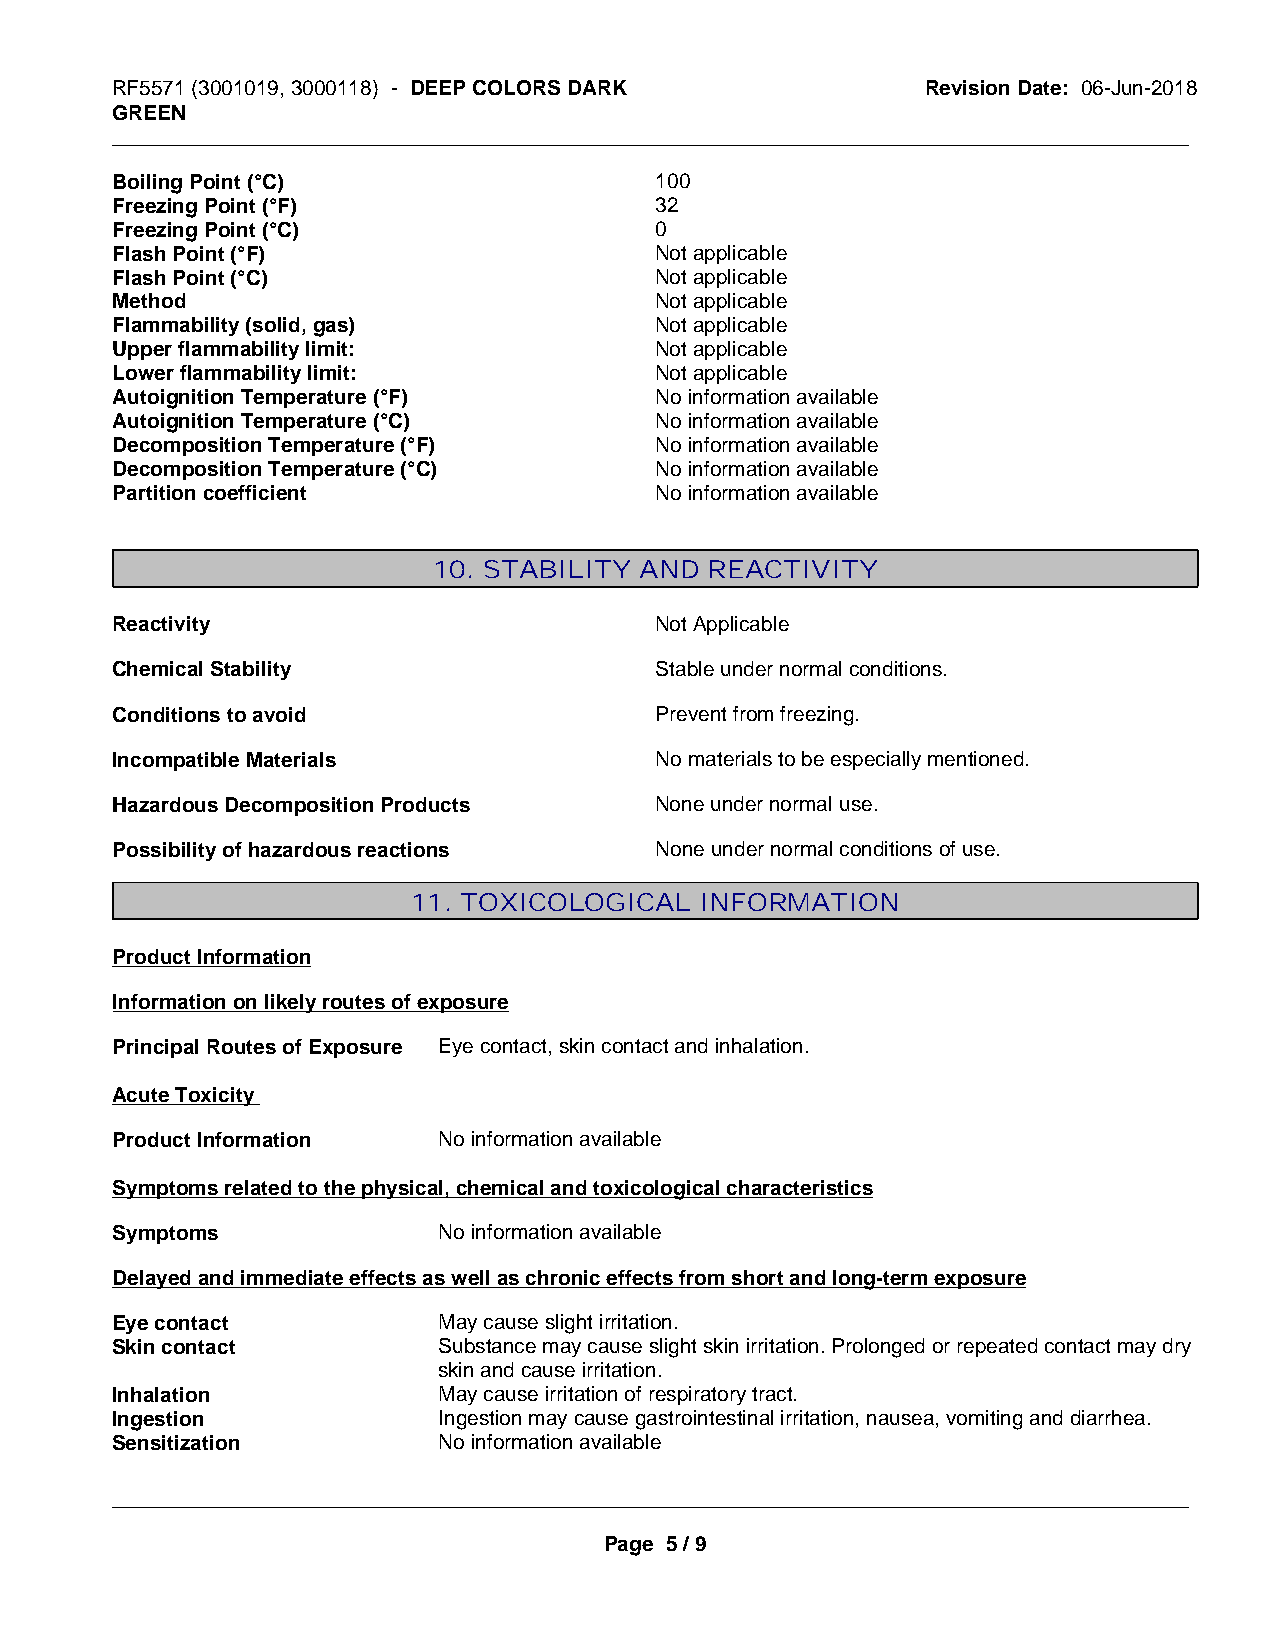
RF5571 (3001019, 3000118) - DEEP COLORS DARK          Revision Date: 06-Jun-2018
 GREEN
 _____________________________________________________________________________________________
 Boiling Point (°C)                  100
 Freezing Point (°F)                 32
 Freezing Point (°C)                 0
 Flash Point (°F)                    Not applicable
 Flash Point (°C)                    Not applicable
 Method                              Not applicable
 Flammability (solid, gas)           Not applicable
 Upper flammability limit:           Not applicable
 Lower flammability limit:           Not applicable
 Autoignition Temperature (°F)       No information available
 Autoignition Temperature (°C)       No information available
 Decomposition Temperature (°F)      No information available
 Decomposition Temperature (°C)      No information available
 Partition coefficient               No information available
 10. STABILITY AND REACTIVITY
 Reactivity                          Not Applicable
 Chemical Stability                  Stable under normal conditions.
 Conditions to avoid                 Prevent from freezing.
 Incompatible Materials              No materials to be especially mentioned.
 Hazardous Decomposition Products    None under normal use.
 Possibility of hazardous reactions  None under normal conditions of use.
 11. TOXICOLOGICAL  INFORMATION
 Product Information
 Information on likely routes of exposure
 Principal Routes of Exposure Eye contact, skin contact and inhalation.
 Acute Toxicity
 Product Information   No information available
 Symptoms related to the physical, chemical and toxicological characteristics
 Symptoms              No information available
 Delayed and immediate effects as well as chronic effects from short and long-term exposure
 Eye contact           May cause slight irritation.
 Skin contact          Substance may cause slight skin irritation. Prolonged or repeated contact may dry
 skin and cause irritation.
 Inhalation            May cause irritation of respiratory tract.
 Ingestion             Ingestion may cause gastrointestinal irritation, nausea, vomiting and diarrhea.
 Sensitization         No information available
 _____________________________________________________________________________________________
 Page 5 / 9